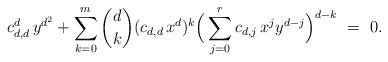
LaTeX: \begin{align*}c_{d,d}^d{\,}y^{d^2}+\sum_{k=0}^{m}{d\choose k}(c_{d,d}{\,}x^d)^k\Big(\sum_{j=0}^r c_{d,j}{\,}x^jy^{d-j}\Big)^{d-k} ~=~ 0.\end{align*}